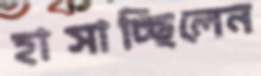
হাসাচ্ছিলেন